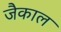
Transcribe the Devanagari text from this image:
जैकाल